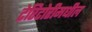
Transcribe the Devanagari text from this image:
टेरिटोरीमधील